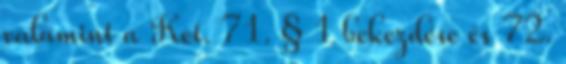
valamint a Ket. 71. § 1 bekezdése és 72.